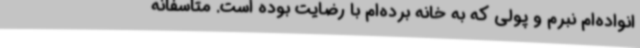
انواده‌ام نبرم‌ و پولی که به خانه برده‌ام با رضایت بوده است. متاسفانه